Calcutta medical institutions reports 1892-1900
Year: 1892
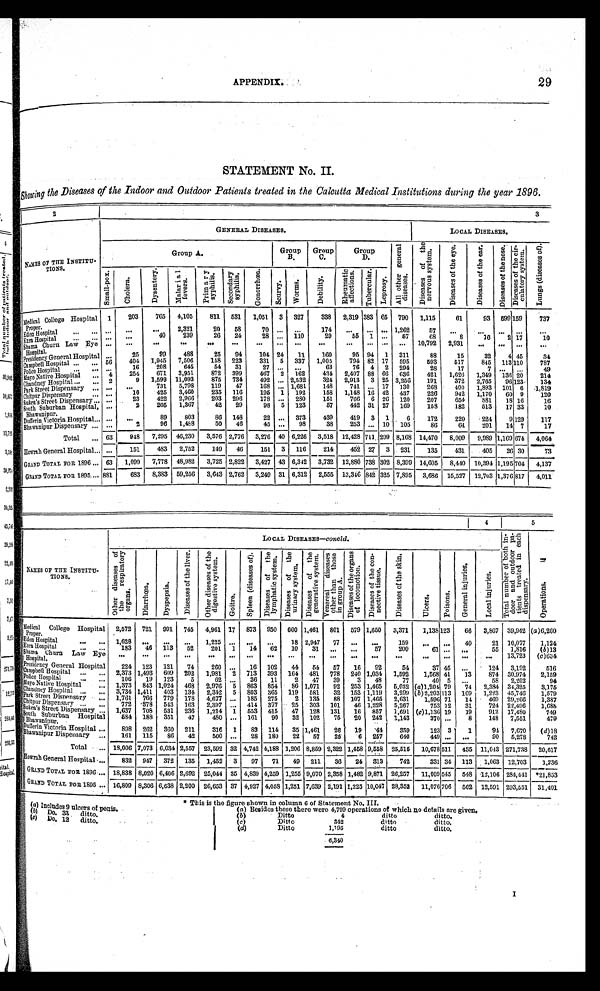
APPENDIX.
29
STATEMENT No. II.
Showing the Diseases of the Indoor and Outdoor Patients treated in the Calcutta Medical Institutions during the year 1896.
2
3
N A M E S O F T H E I N S T I T U -
T I O N S .
GENERAL DISEASES.
LOCAL DISEASES.
Group A.
Group
B .
Group
C.
Group
D.
A l l o t h e r g e n e r a l
d i s e a s e s .
D i s e a s e s o f t h e
n e r v o u s s y s t e m .
D i s e a s e s o f t h e e y e s .
D i s e a s e s o f t h e e a r .
D i s e a s e s o f t h e n o s e . D i s e a s e s o f t h e c i r -
c u l a t o r y s y s t e m .
L u n g s ( d i s e a s e s o f ) .
Smal l - pox.
C h o l e r a .
D y s e n t e r y .
M a l a r i a l
f e v e r s .
P r i m a r y
s y p h i l i s .
S e c o n d a r y
s y p h i l i s .
G o n o r r h œ a .
S c u r v y . W o r m s .
D e b i l i t y .
R h e u m a t i c
a f f e c t i o n s .
T u b e r c u l a r .
L e p r o s y .
Medical College Hospital
proper.
1
203
765
4,105
811 531 1,051 3 327
338
2,319 383 65 790 1,115
61
93
599159
737
. . .
. . .
. . .
2,321
20
58
70
. . .
. . .
174
. . .
. . .
. . . 1,262
57
. . .
. . .
. . .
. . .
. . .
Eden Hospital . . .
. . .
. . .
40
239
26
24
28
. . . 110
29
55 1
. . .
57
68
8
16
2 17
10
Ezra Hospital . . .
. . .
. . .
. . .
. . .
. . .
. . .
. . .
. . .
. . .
. . .
. . .
. . .
. . .
. . .
10,792
2,931
. . .
. . . . . .
. . .
Shama Churn Law Eye
Hospital.
. . .
25
99
488
25
94
104 24
11
160
95 94
1 311
88
15
32
4 45
34
Presidency General Hospital 56
404 1,945
7 , 5 0 6 158
223
331
5
337
1,005
794 82 . 17
5 9 5
5 9 3
517
8 4 5 113 110
787
Campbell Hospital . . .
. . .
1 6
2 0 8
6 4 5
5 4
3 1
2 7
. . .
. . .
6 3
7 6
4
2
2 9 4
2 8
1 7
7
. . .. . .
4 9
Police Hospital . . .
4
254
671
3,951
872
399
467
2 162
434
2,407 88 66
636
421
1,626
1,349 136 20
214
Mayo Native Hospital . . .
2
9
1,599 11,093
875
734
492
. . . 2,532
324
2,913
3 25 3,256
191
372
2,765
96 123
134
Chandney Hospital . . . . . .
. . .
731
5,798
119
47
168
. . . 1,681
148
741
. . . 17
130
268
400
1,893
101 6 1 819
Park Street Dispensary . . . . . .
1 0
425
3,460
235
116
195 1 192
158
1,148 16 42
437
226
942
1 , 1 7 0
60
9
120
Chitpur Dispensary . . .
. . .
23
422
2,966
203
296
178
. . . 280
151
766
6 26
120
207
654
881
18 16
16
Sukea's Street Dispensary . . . . . .
2
205
1,367
42
29
98
5
123
57
442 31 27
169
158
182
513
17 33
10
South Suburban Hospital,
Bhawanipur.
. . .
. . .
89
803
86
148
22
. . . 373
439
419
3 1
6
172
220
224
9 129
117
Dufferin Victoria Hospital . . .
96
1,488
50
46
45
. . .
98
38
253
. . . 10 105
86
64
201
14 7
17
2
. . .
Bhawanipur Dispensary . . .
63
948
7,295 46,230
3,576 2,776
3,276 40 6,226 3,518 12,428 711 299 8,168 14,470
8,009
9,989 1,169
674
4,064
Total . . .
Howrah General Hospital . . .
. . .
151
483
2,752
149
46
151
3
116
214
452 27
3
231
135
431
405
2 6
30
73
GRAND TOTAL FOR 1896 . . .
63
1,099
7,778 48,982
3,725 2,822
3,427 43 6,342
3,732 12,880 738 302 8,399 14,605
8,440 10,394 1,195 704
4,137
GRAND TOTAL FOR 1895 . . . 881
683
8,383 59,256
3,643 2,762
3,249 31 6,312
2,555 13,346 842 325 7,895
3,686 15,527 12,703 1,376 817
4,011
4 5
NAMES OF THE INSTITU-
TIONS.
LOCAL DISEASES—-concld.
T o t a l n u m b e r o f b o t h i n -
d o o r a n d o u t d o o r p a -tients
t r e a t e d i n e a c h
d i s p e n s a r y .
Operations. <illegible>
O t h e r d i s e a s e s o f
t h e r e s p i r a t o r y
o r g a n s .
Diarrhœa.
D y s p e p s i a .
D i s e a s e s o f t h e l i v e r . Other diseases of the
digestive system.
Goitre.Spl een (di seases of).
D i s e a s e s o f t h e
l y m p h a t i c s y s t e m .
D i s e a s e s o f t h e
u r i n a r y s y s t e m .
D i s e a s e s o f t h e
g e n e r a t i v e s y s t e m .
V e n e r e a l d i s e a s e s
o t h e r t h a n t h o s e
i n g r o u p A .
D i s e a s e s o f t h e o r g a n s
o f l o c o m o t i o n .
D i s e a s e s o f t h e c o n -
n e c t i v e t i s s u e .
Diseases of the skin.Ulcers. Poisons.
G e n e r a l i n j u r i e s .
L o c a l i n j u r i e s .
Medi cal Co l l e g e Hospital
proper.
2 , 5 7 2
721
9 9 1
7 4 5
4,961 17 873
9 5 0
6 0 0
1 , 4 6 1
8 0 1
5 7 9
1 , 6 5 0
3,371
1,138
123
6 6
3 , 8 6 7
3 9 , 9 4 2(a)6,260
Eden Hospital . . .
1 , 6 2 8
. . .
. . .
. . .1,225 . . . . . .
. . .
1 8
2 , 9 4 7
7 7
. . .
. . .159
. . .
. . .
4 0
2 1
1 0 , 0 7 71,124
Ezra Hospital . . .
1 8 3
46
1 1 3
5 2
201
1 14
6 2
1 0
3 1
. . .
. . .
5 7
200
61
. . .
. . .
5 5
1 , 8 1 6
(b)13
Shama Churn Law Eye
Hospital.
. . .. . .
. . .
. . .. . .
. . . . . .
. . .
. . .
. . .
. . .
. . .
. . .. . .
. . .
. . .
. . .
. . .
1 3 , 7 2 3(c)634
Presidency General Hospital
2 2 4
123
1 2 1
7 4
260
. . . 16
1 0 2
4 4
5 4
5 7
1 6
9 2
54
37
45
. . .
1 2 4
3 , 1 9 2
516
Campbell Hospital . . .
2 , 3 7 3
1,493
6 0 9
2 0 2
1,981 2 713
3 9 3
1 6 4
4 8 1
7 7 8
2 4 0
1 , 0 3 4
1,592
1,568
41
1 3
8 7 4
3 0 , 9 7 42,159
Police Hospital . . .
1 0 6
19
1 2 3
5 62
. . . 36
1 1
2
4 7
3 9
3
4 8
77
40
5
. . .
5 8
2 , 2 0 2
94
Mayo Native Hospital . .
1 , 3 7 3
843
1 , 0 2 4
4 6 8
2,976 5 863
8 5 4
8 6
1 , 0 7 1
9 2
2 5 3
1 , 4 6 5
5,032
(a)1,20479
7 4
2 , 3 8 4
3 4 , 3 2 53,175
Chandney Hospital . . .
3 , 7 3 4
1,411
4 0 3
1 3 4
2,342 5 803
3 6 5
1 1 9
5 8 1
3 2
1 5 3
1 , 1 1 9
3,299
(b)2,203113
1 6 9
1 , 2 2 3
4 5 , 7 4 61,579
Park Street Dispensary . .
1 , 7 6 1
766
7 7 9
1 7 8
4,677 . . . 185
2 7 5
2
1 3 5
8 8
1 0 7
1 , 4 6 5
2,631
1,596
71
1 4
4 6 9
2 9 , 2 6 61,387
Chitpur Dispensary . . .
7 7 2
378
5 4 3
1 6 3
2,397 . . . 414
3 7 7
2 5
3 0 3
1 0 1
4 6
1 , 2 2 8
5,267
753
12
3 1
7 2 4
2 2 , 4 9 61,688
Sukea's Street Dispensary . . .
1 , 6 3 7
708
5 3 1
2 3 6
1,214 1 553
4 1 5
4 7
1 2 8
1 3 1
1 6
8 5 7
1,691
(c)1,13619
1 9
9 1 2
1 7 , 4 8 0749
Sout h Subur ban Hospi t al
Bhawanipur.
5 8 4
188
3 5 1
4 7
480
. . . 161
9 0
3 2
1 0 2
7 5
2 0
2 4 2
1,143
370
. . .
8
1 4 8
7 , 5 5 1
479
Dufferin Victoria Hospital . . .
8 9 8
262
3 6 0
2 1 1
316
1 83
1 1 4
3 5
1 , 4 6 1
2 6
1 9
4 4
359
123
3
1
9 4
7 , 6 7 0
(d)18
Bhawanipur Dispensary . . .
1 6 1
115
8 6
4 2
500
. . . 28
1 8 0
2 2
5 7
2 6
6
2 5 7
640
449
. . .
. . .
9 0
5 , 2 7 8
742
Total . . .
1 8 , 0 0 67,073
6 , 0 3 4
2 , 5 5 7
23,592 32 4,742
4 , 1 8 8
1 , 2 0 6
8 , 8 5 9
2 , 3 2 2
1 , 4 5 8
9 , 5 5 8
25,516 10,678 511
4 3 5
1 1 , 0 4 3
2 7 1 , 7 3 820,617
Howrah General Hospital . . .
8 3 2
947
3 7 2
1 3 5
1,452 3 97
7 1
4 9
2 1 1
3 6
2 4
3 1 3
742
331
34
1 1 3
1 , 0 6 3
1 2 , 7 0 31,236
GRAND TOTAL FOR 1896 . . .
1 8 , 8 3 88,020
6 , 4 0 6
2 , 6 9 2
25,044
35 4,839
4 , 2 5 9
1 , 2 5 5
9 , 0 7 0
2 , 3 5 8
1 , 4 8 2
9 , 8 7 1
26,257 11,009 545
5 4 8
1 2 , 1 0 6
2 8 4 , 4 4 1*21,853
GRAND TOTAL FOR 1895 . . .
1 6 , 8 0 98,306
6 , 6 3 8
2 , 2 0 0
26,653 37 4,927
4 , 0 5 8
1 , 2 5 1
7 , 6 3 9
2 , 1 9 1
1 , 2 2 5
1 0 , 0 4 728,352 11,076 706
5 6 2
1 2 , 5 9 1
2 9 3 , 5 5 131,401
(a) Includes 9 ulcers of penis.
(b) Do. 33 ditto.
( c) Do. 12 ditto.
* This is the figure shown in column 6 of Statement No. III.
(a) Besides these there were
4 , 7 9 9
o p e r a t i o n s o f w h i c h n o d e t a i l s a r e g i v e n .
(b) Ditto
4
d i t t o d i t t o .
(c) Ditto
3 4 2
d i t t o d i t t o .
(d) Ditto
1 , 1 9 5
d i t t o d i t t o .
6 , 3 4 0